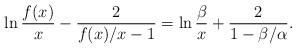
LaTeX: \begin{align*} \ln \frac{f(x)}{x} - \frac{2}{f(x)/x - 1} = \ln \frac{\beta}{x} + \frac{2}{1 - \beta/\alpha}.\end{align*}